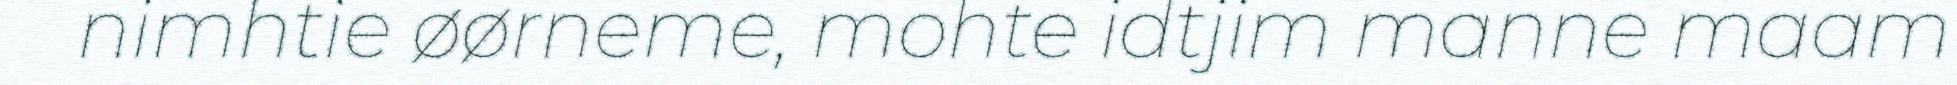
nimhtie øørneme, mohte idtjim manne maam